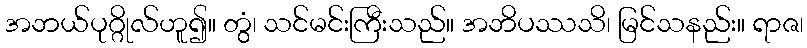
အဘယ်ပုဂ္ဂိုလ်ဟူ၍။ တွံ၊ သင်မင်းကြီးသည်။ အဘိပဿသိ၊ မြင်သနည်း။ ရာဇ၊